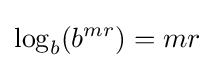
\log _{b}(b^{mr})=mr